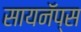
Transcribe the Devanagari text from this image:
सायनॅप्स